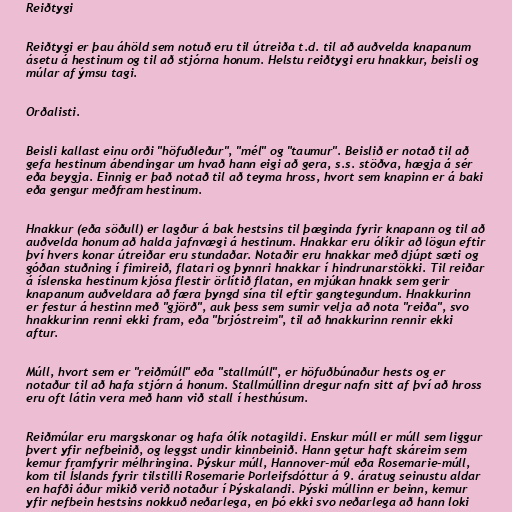
Reiðtygi

Reiðtygi er þau áhöld sem notuð eru til útreiða t.d. til að auðvelda knapanum
ásetu á hestinum og til að stjórna honum. Helstu reiðtygi eru hnakkur, beisli og
múlar af ýmsu tagi.

Orðalisti.

Beisli kallast einu orði "höfuðleður", "mél" og "taumur". Beislið er notað til að
gefa hestinum ábendingar um hvað hann eigi að gera, s.s. stöðva, hægja á sér
eða beygja. Einnig er það notað til að teyma hross, hvort sem knapinn er á baki
eða gengur meðfram hestinum.

Hnakkur (eða söðull) er lagður á bak hestsins til þæginda fyrir knapann og til að
auðvelda honum að halda jafnvægi á hestinum. Hnakkar eru ólíkir að lögun eftir
því hvers konar útreiðar eru stundaðar. Notaðir eru hnakkar með djúpt sæti og
góðan stuðning í fimireið, flatari og þynnri hnakkar í hindrunarstökki. Til reiðar
á íslenska hestinum kjósa flestir örlítið flatan, en mjúkan hnakk sem gerir
knapanum auðveldara að færa þyngd sína til eftir gangtegundum. Hnakkurinn
er festur á hestinn með "gjörð", auk þess sem sumir velja að nota "reiða", svo
hnakkurinn renni ekki fram, eða "brjóstreim", til að hnakkurinn rennir ekki
aftur.

Múll, hvort sem er "reiðmúll" eða "stallmúll", er höfuðbúnaður hests og er
notaður til að hafa stjórn á honum. Stallmúllinn dregur nafn sitt af því að hross
eru oft látin vera með hann við stall í hesthúsum.

Reiðmúlar eru margskonar og hafa ólík notagildi. Enskur múll er múll sem liggur
þvert yfir nefbeinið, og leggst undir kinnbeinið. Hann getur haft skáreim sem
kemur framfyrir mélhringina. Þýskur múll, Hannover-múl eða Rosemarie-múll,
kom til Íslands fyrir tilstilli Rosemarie Þorleifsdóttur á 9. áratug seinustu aldar
en hafði áður mikið verið notaður í Þýskalandi. Þýski múllinn er beinn, kemur
yfir nefbein hestsins nokkuð neðarlega, en þó ekki svo neðarlega að hann loki